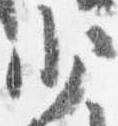
少